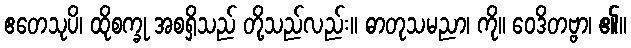
ဧတေသုပိ၊ ထိုစက္ခု အစရှိသည် တို့သည်လည်း။ ဓာတုသမညာ၊ ကို။ ဝေဒိတဗ္ဗာ၊ ၏။